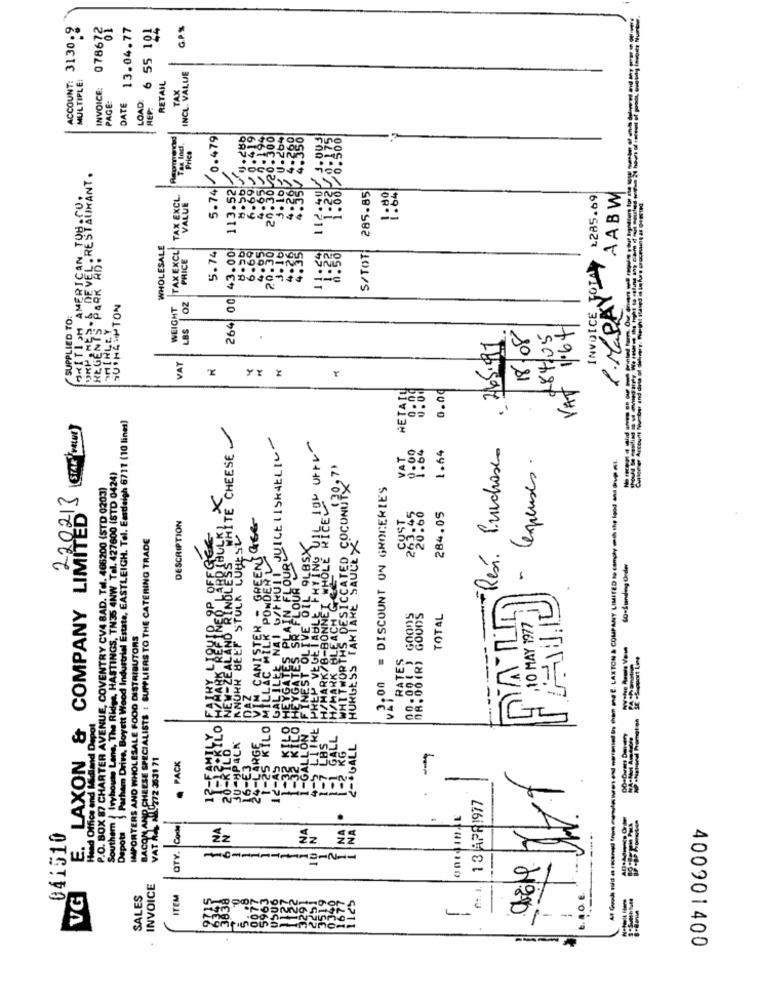
ACCOUNT: 3130-2
07861
13.04.77
6 55 101
44
G.P.S
INCL. VALUE
MULTIPLE:
INVOICE:
RETAIL
PAGE:
DATE
LOAD:
TAX
5.74 0.479
1.08 /0.506
Tax Incl.
Price
DE VEL. RESTAURANT .
BRITISH AMERICAN TOBACOR
113.52
285.85
TAX EXCL.
20.30
৳285.69
AABW
......
4
WHOLESALE
TAX EXCL
3.19
PRICE
5.74
00 43.00
S/TOT
INVOICE JOIAY
PARK
DOSC
1. MaPAY
Cutters Account Number and dita of dollar. whiledi
SU HAMPTON
WEIGHT
LBS OZ
SUPPLIED TO:
REGENTS
PIRES
SHIRLEY
264
18/08
VAT 1.64
. 265.99
184/05
VAT
YY Y
RETAIL
0.00
0.00
0.00
Parham Drive, Boyatt Wood Industrial Estate, EASTLEIGH. Tel. Eastleigh 6711 (10 lines)
STAR WELLY
WHITE CHEESE
LOURD ILELISKAELIV
1.64
Am Rest. Pruchase
VAT
1.04
--- ----------- - ha, LAXTON & COMPANY LIMITED to comply mih the land mvp
ICCATED COCONUT0,7'
Cexpenses.
Southern } Iryhoute Lana, The Rides, HASTINGS, TN35 4NW Tel. 427600 (STD 0424)
P.O. BOX 87 CHARTER AVENUE, COVENTRY CV4 BAD. Tel. 466200 (STD 0203)
v2100 = DISCOUNT ON GROCERIES
220213
x
E. LAXON & COMPANY LIMITED
DESCRIPTION
GREENS REG
263.45
20.60
284.05
HULKI
ON AND CHEESE SPECIALISTS : SUPPLIERS TO THE CATERING TRADE
JKR BEEF STUCK LUHESV
9LBSX
HURGESS TARTARE SAUCE>
ZEALAND RINDLESS
CANISTER - GREENS
60-Standing Order
LAC MILK POWDER
BONNEI
DIA ILL
GOOnS
GOUDS
TOTAL
,10 MAY 1977
IMPORTERS AND WHOLESALE FOOD DISTRIBUTORS
ORT
RATES
11.
Hand Depot
1-25 KILO
PACA
LARGE
1-GALLON
PALL
.GALL
VAT ALLA0272 3531 71
. PACK
Head Office and M
1 3 APR1977
Depota
QTY. Code
041510
22 22
-------------
INVOICE
VG
SALES
TEM
USUO
-
----
400901400